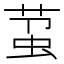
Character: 𬝋